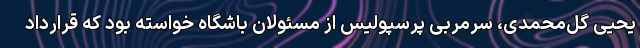
یحیی گل‌محمدی، سرمربی پرسپولیس از مسئولان باشگاه خواسته بود که قرارداد